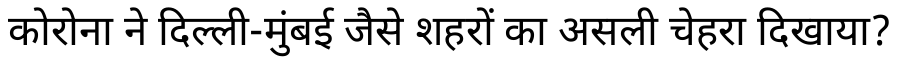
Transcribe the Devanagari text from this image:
कोरोना ने दिल्ली-मुंबई जैसे शहरों का असली चेहरा दिखाया?